Problem: 8 × 3 = ?
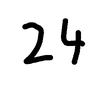
Handwritten answer: 24